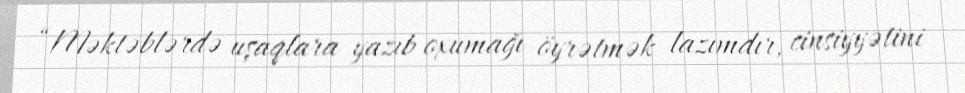
“Məktəblərdə uşaqlara yazıb oxumağı öyrətmək lazımdır, cinsiyyətini